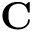
\textbf { C }